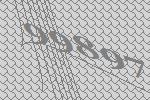
99897